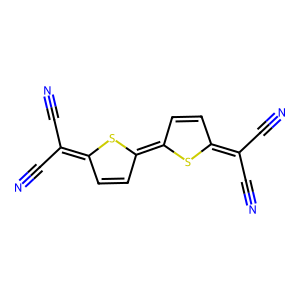
SMILES: N#CC(C#N)=c1ccc(=c2ccc(=C(C#N)C#N)s2)s1
Inhibits HIV replication: No